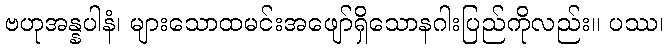
ဗဟုအန္နပါနံ၊ များသောထမင်းအဖျော်ရှိသောနဂါးပြည်ကိုလည်း။ ပဿ၊